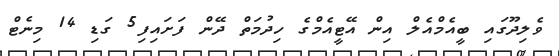
ވެލިދޫގައި ބީއެމްއެލް އިން އޭޓީއެމްގެ ހިދުމަތް ދޭން ފަށައިފި5 ގަޑި 14 މިނެޓް